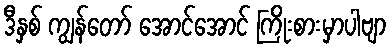
ဒီနှစ် ကျွန်တော် အောင်အောင် ကြိုးစားမှာပါဗျာ